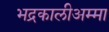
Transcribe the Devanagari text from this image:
भद्रकालीअम्मा